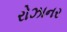
રોઝાનર